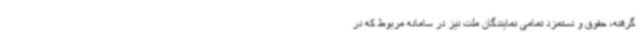
گرفته، حقوق و دستمزد تمامی نمایندگان ملت نیز در سامانه مربوط که در